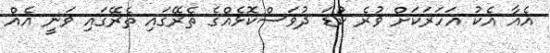
އެއާ އެކު އަހަރަކަށް ވުރެ ކުޑަ ދުވަސްކޮޅެއްގެ ތެރޭގައި ތެރޭގައި ވަނީ އެއް